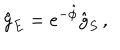
{ \hat { g } } _ { E } = e ^ { - \hat { \phi } } { \hat { g } } _ { S } \, ,